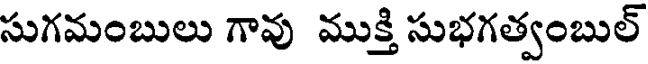
సుగమంబులు గావు ముక్తి సుభగత్వంబుల్